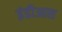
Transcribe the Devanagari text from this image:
इंडीआस